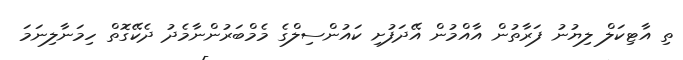
ތި އާޓިކަލް ލިޔުނު ފަރާތުން އާއްމުން އޭދަފުށި ކައުންސިލްގެ މެމްބަރުންނާމެދު ދެކޭގޮތް ހިމަނާލިނަމަ